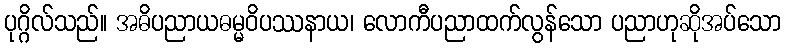
ပုဂ္ဂိလ်သည်။ အဓိပညာယဓမ္မဝိပဿနာယ၊ လောကီပညာထက်လွန်သော ပညာဟုဆိုအပ်သော